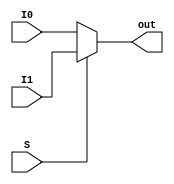
module Mux2to1 (
		I0,
		I1,
		S,
		out
	);

	parameter bit_size = 16;

	input [bit_size-1:0] I0;
	input [bit_size-1:0] I1;
	input S;

	output [bit_size-1:0] out;
	assign out = S ? I1 : I0;

endmodule